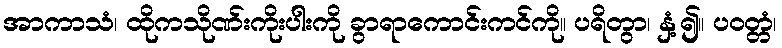
အာကာသံ၊ ထိုကသိုဏ်းကိုးပါးကို ခွာရာကောင်းကင်ကို။ ပရိတွာ၊ နှံ့၍။ ပဝတ္တံ၊